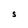
Character: S